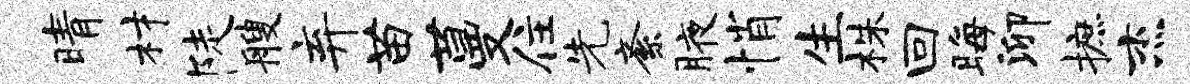
晴材陡艘弃苗蔓住先紊腋悄生株回晦泖摭杰